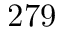
2 7 9